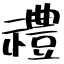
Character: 禮